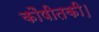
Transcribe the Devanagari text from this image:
कौषीतकी।